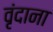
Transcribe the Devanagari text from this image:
वृंदाना